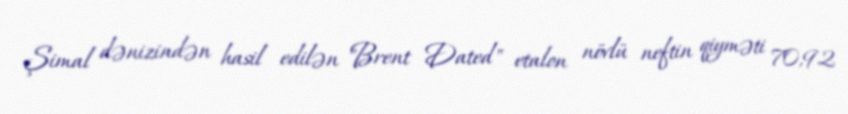
Şimal dənizindən hasil edilən "Brent Dated" etalon növlü neftin qiyməti 70,92